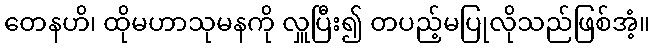
တေနဟိ၊ ထိုမဟာသုမနကို လှူပြီး၍ တပည့်မပြုလိုသည်ဖြစ်အံ့။